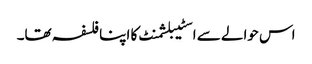
اس حوالے سے اسٹیبلشمنٹ کا اپنا فلسفہ تھا۔